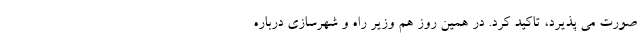
صورت می پذیرد، تاکید کرد. در همین روز هم وزیر راه و شهرسازی درباره